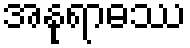
အနုရာဓဿ